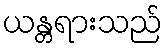
ယန္တရားသည်